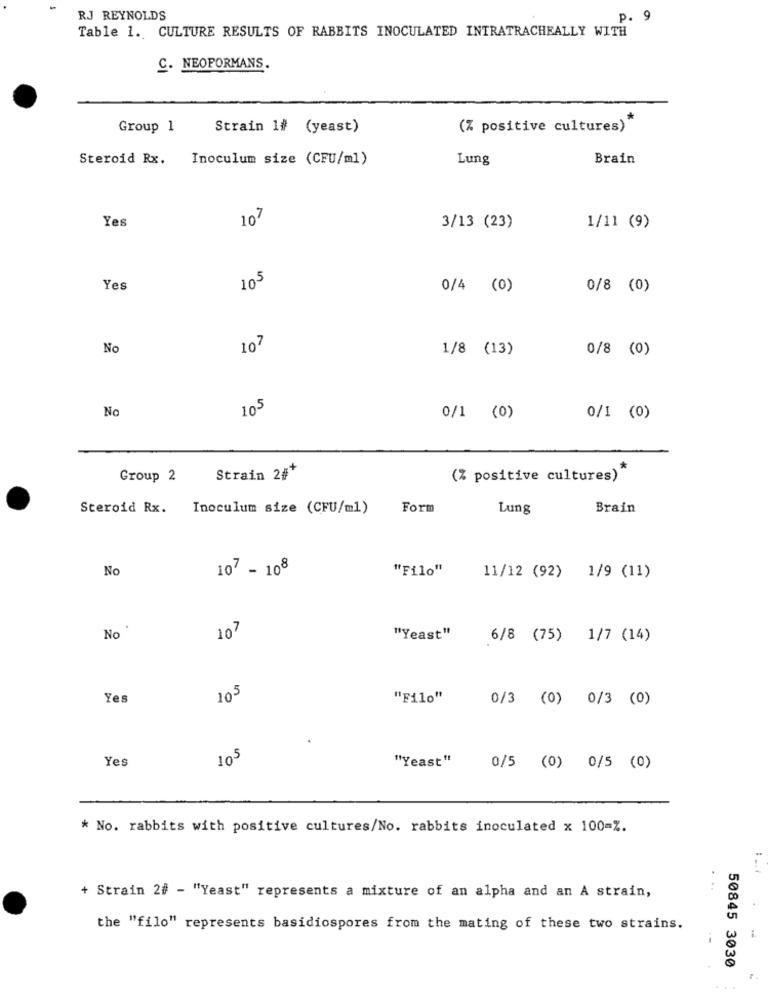
RJ REYNOLDS
p. 9
Table 1. CULTURE RESULTS OF RABBITS INOCULATED INTRATRACHEALLY WITH
C. NEOFORMANS.
Group 1
Strain 1# (yeast)
(% positive cultures)
Steroid Rx.
Inoculum size (CFU/ml)
Lung
Brain
Yes
107
3/13 (23)
1/11 (9)
Yes
105
0/4 (0)
0/8 (0)
No
107
1/8 (13)
0/8 (0)
No
105
0/1 (0)
0/1 (0)
Group 2
Strain 24+
(% positive cultures)
Steroid Rx. Inoculum size (CFU/ml)
Form
Lung
Brain
No
107 - 108
"Filo"
11/12 (92) 1/9 (11)
107
No
"Yeast"
6/8 (75) 1/7 (14)
Yes
105
"Filo"
0/3
(0)
0/3 (0)
Yes
105
"Yeast"
0/5 (0) 0/5 (0)
* No. rabbits with positive cultures/No. rabbits inoculated x 100=%.
+ Strain 2# - "Yeast" represents a mixture of an alpha and an A strain,
the "filo" represents basidiospores from the mating of these two strains.
50845 3030